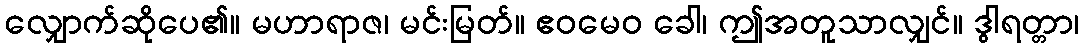
လျှောက်ဆိုပေ၏။ မဟာရာဇ၊ မင်းမြတ်။ ဧဝမေဝ ခေါ၊ ဤအတူသာလျှင်။ ဒွါရတ္တာ၊